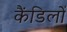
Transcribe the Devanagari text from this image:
कैंडिलों